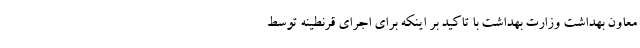
معاون بهداشت وزارت بهداشت با تاکید بر اینکه برای اجرای قرنطینه توسط